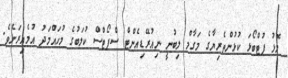
މޮޅު ފުޓްބޯޅަ ކުޅުންތެރިޔާގެ މަގާމް ލިބުނީ ނިއުރޭޑިއެންޓް ސްޕޯޓްސް ކުލަބުގެ މުހައްމަދު އުމެއިރަށެވެ.